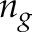
n _ { g }